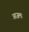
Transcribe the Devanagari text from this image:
आज़मा